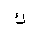
Letter: _kaf